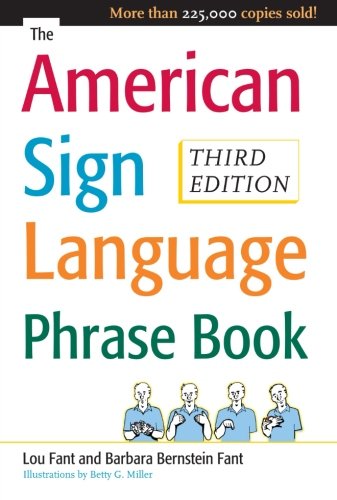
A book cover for The American Sign Language Phrase Book; Barbara Bernstein Fant; Reference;